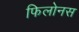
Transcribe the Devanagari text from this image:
फिलोनस